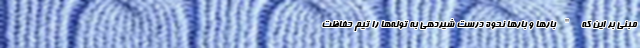
مبنی بر این که "بارها و بارها نحوه درست شیردهی به توله‌ها را تیم حفاظت